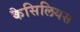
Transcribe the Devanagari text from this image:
कैसिलियस